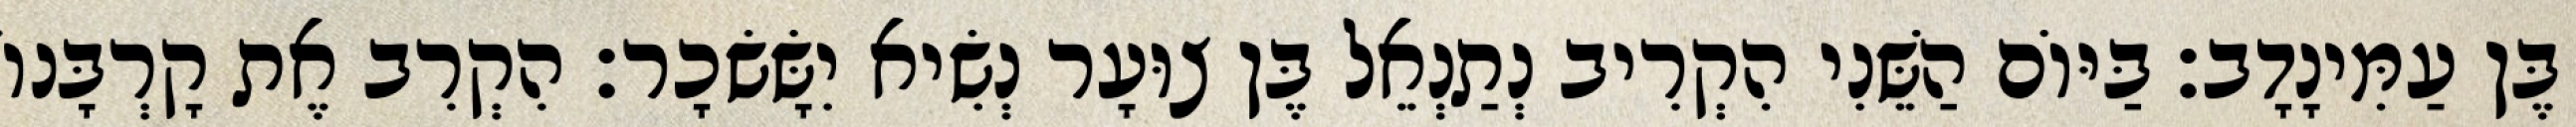
בֶּן עַמִּינָדָב׃ בַּיּוֹם הַשֵּׁנִי הִקְרִיב נְתַנְאֵל בֶּן צוּעָר נְשִׂיא יִשָּׂשׂכָר׃ הִקְרִב אֶת קָרְבָּנוֹ